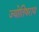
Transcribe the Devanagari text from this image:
ज्योतिषराय